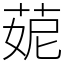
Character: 𦲁